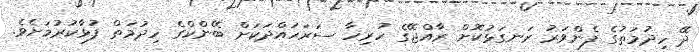
ދޭ ހިދުމަތުގެ ފެންވަރު ރަނގަޅުކޮށް ރާއްޖޭގެ ހުރިހާ ސަރަހައްދަކަށް ބޭންކްގެ ހިދުމަތް ފުޅާކުރުމަށެވެ.